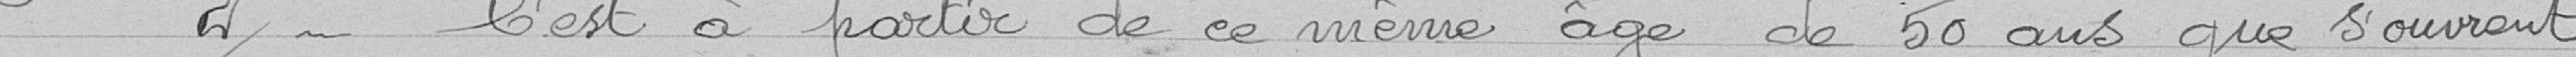
2° c'est à partir de ce même âge de 50 ans que s'ouvrent